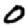
Digit: 0